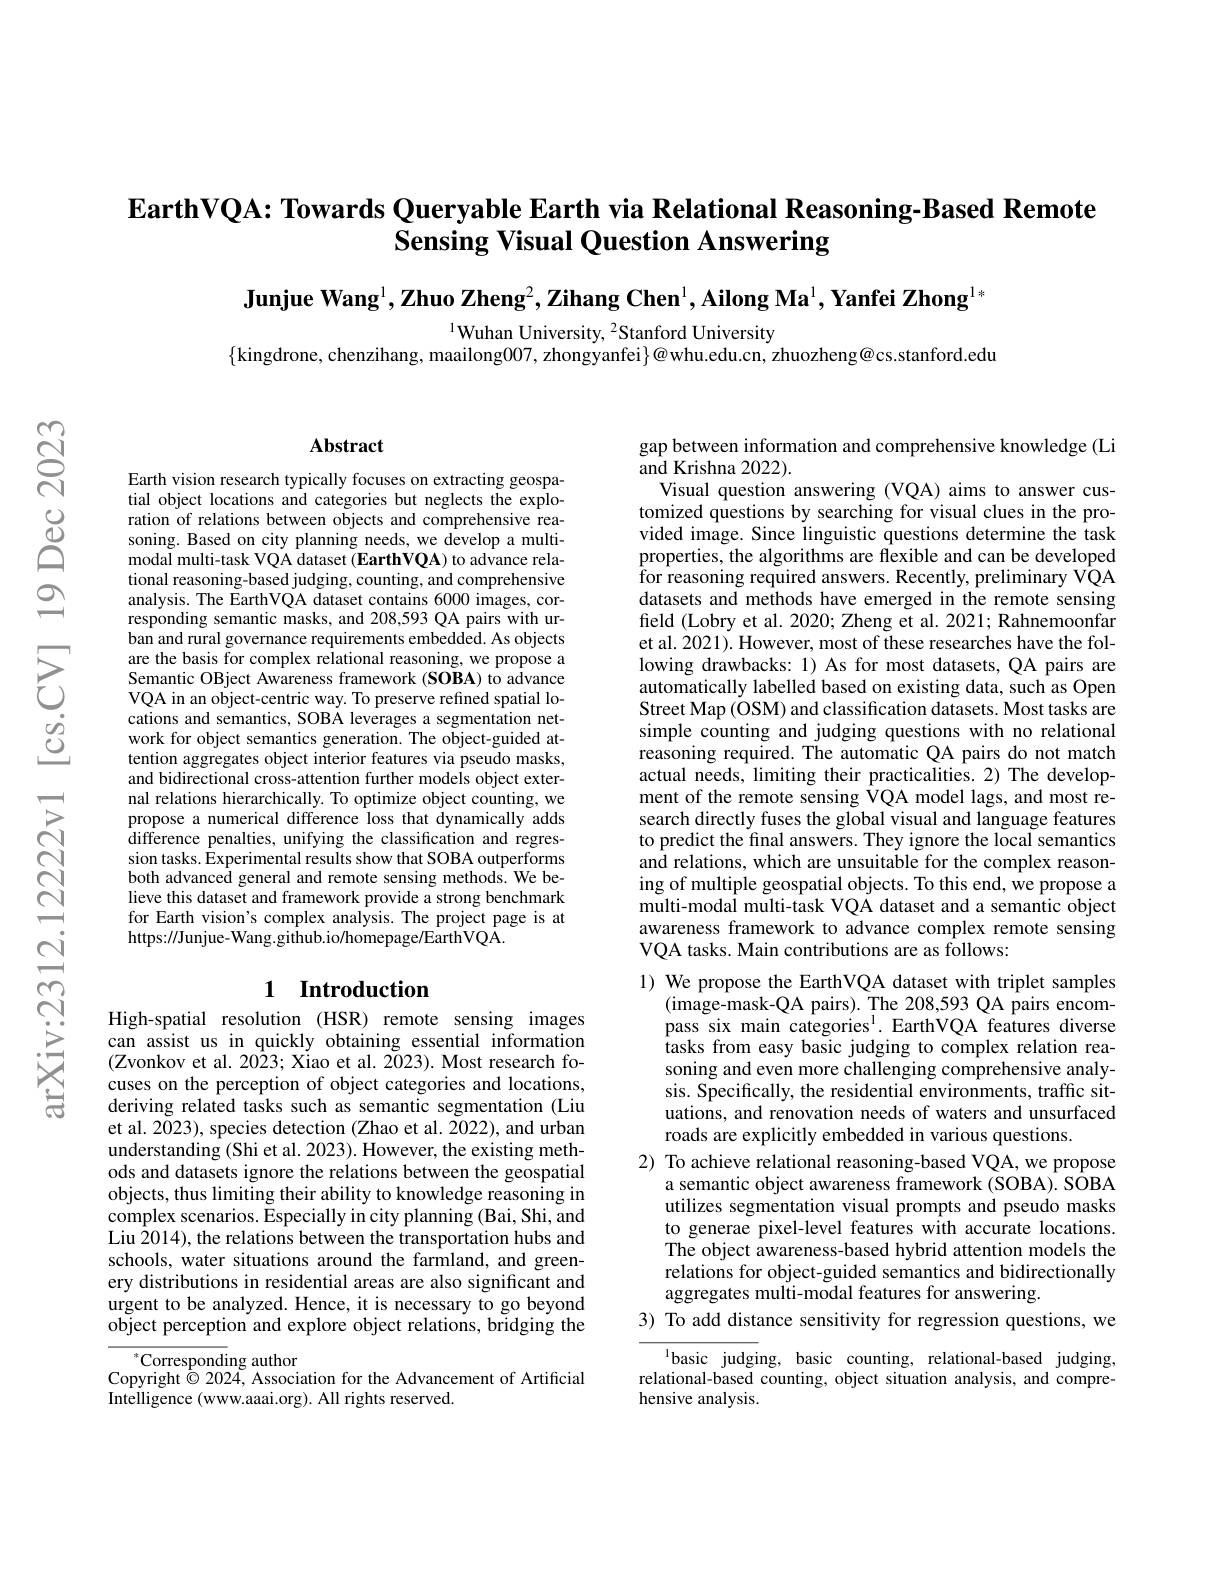
# $\textbf{EarthVQA: Towards Queryable Earth via Relational Reasoning- Based Remote}$ Sensing Visual Question Answering

Junjue Wang$^1,\textbf{Zhuo Zheng}^2,\textbf{Zihang Chen}^1,\textbf{Ailong Ma}^1,\textbf{Yanfei Zhong}^{1*}$

$^{1}$Wuhan University, 2Stanford University
$\{$kingdrone, chenzihang, maailong007,zhongyanfei$\}@$whu.edu.cn, zhuozheng@cs.stanford.edu

### $\mathbf{Abstract}$

Earth vision research typically focuses on extracting geospatial object locations and categories but neglects the exploration of relations between objects and comprehensive reasoning. Based on city planning needs, we develop a multimodal multi-task VQA dataset (EarthVQA) to advance relational reasoning-based judging, counting, and comprehensive analysis. The EarthVQA dataset contains 6000 images, corresponding semantic masks, and 208,593 QA pairs with urban and rural governance requirements embedded. As objects are the basis for complex relational reasoning, we propose a Semantic OBject Awareness framework (SOBA) to advance VQA in an object-centric way. To preserve refined spatial locations and semantics, SOBA leverages a segmentation network for object semantics generation. The object-guided attention aggregates object interior features via pseudo masks, and bidirectional cross-attention further models object external relations hierarchically. To optimize object counting, we propose a numerical difference loss that dynamically adds difference penalties, unifying the classification and regression tasks. Experimental results show that SOBA outperforms both advanced general and remote sensing methods. We believe this dataset and framework provide a strong benchmark for Earth vision's complex analysis. The project page is at https://Junjue-Wang.github.io/homepage/EarthVQA.

## 1 Introduction

High-spatial resolution (HSR) remote sensing images can assist us in quickly obtaining essential information (Zvonkov et al. 2023; Xiao et al. 2023). Most research focuses on the perception of object categories and locations, deriving related tasks such as semantic segmentation (Liu et al. 2023), species detection (Zhao et al. 2022), and urban understanding (Shi et al. 2023). However, the existing methods and datasets ignore the relations between the geospatial objects, thus limiting their ability to knowledge reasoning in complex scenarios. Especially in city planning (Bai, Shi, and Liu 2014), the relations between the transportation hubs and schools, water situations around the farmland, and greenery distributions in residential areas are also significant and urgent to be analyzed. Hence, it is necessary to go beyond object perception and explore object relations, bridging the

$^*$Corresponding author
Copyright $\dot{\odot}$ 2024, Association for the Advancement of Artificial
Intelligence (www.aaai.org). All rights reserved.

gap between information and comprehensive knowledge (Li
and Krishna 2022).
Visual question answering (VQA) aims to answer customized questions by searching for visual clues in the provided image. Since linguistic questions determine the task properties, the algorithms are flexible and can be developed $\hat{\text{for reasoning required answers. Recently, preliminary VQA}}$ datasets and methods have emerged in the remote sensing field (Lobry et al. 2020; Zheng et al. 2021; Rahnemoonfar et al. 2021). However, most of these researches have the following drawbacks: 1) As for most datasets, QA pairs are automatically labelled based on existing data, such as Open Street Map (OSM) and classification datasets. Most tasks are simple counting and judging questions with no relational reasoning required. The automatic QA pairs do not match actual needs, limiting their practicalities. 2) The development of the remote sensing VQA model lags, and most research directly fuses the global visual and language features to predict the final answers. They ignore the local semantics and relations, which are unsuitable for the complex reasoning of multiple geospatial objects. To this end, we propose a multi-modal multi-task VQA dataset and a semantic object awareness framework to advance complex remote sensing VQA tasks. Main contributions are as follows:
1) We propose the EarthVQA dataset with triplet samples

(image-mask-QA pairs). The 208,593 QA pairs encompass six main categories$^1.$ EarthVQA features diverse itasks from easy basic judging to complex relation rea- soning and even more challenging comprehensive analysis. Specifically, the residential environments, traffic situations, and renovation needs of waters and unsurfaced roads are explicitly embedded in various questions
2) To achieve relational reasoning-based VQA, we propose
a semantic object awareness framework (SOBA). SOBA utilizes segmentation visual prompts and pseudo masks to generae pixel-level features with accurate locations. The object awareness-based hybrid attention models the relations for object-guided semantics and bidirectionally aggregates multi-modal features for answering.
3) To add distance sensitivity for regression questions, we

$\overline{\text{basic judging, basic counting, relational-based}}$ judging, relational-based counting, object situation analysis, and comprehensive analysis.